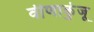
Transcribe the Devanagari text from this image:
वीणाकुंजू